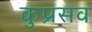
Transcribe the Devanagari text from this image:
कुप्रसव